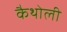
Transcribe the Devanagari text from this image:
कैथोली